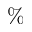
\%